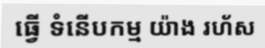
ធ្វើ ទំនើបកម្ម យ៉ាង រហ័ស